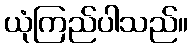
ယုံကြည်ပါသည်။